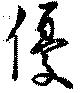
優